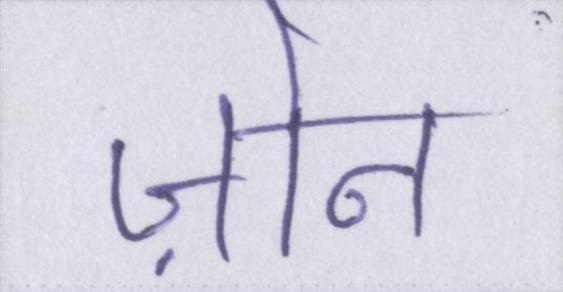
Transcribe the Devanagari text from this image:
ज़ोन